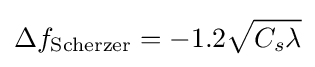
\Delta f_{\text{Scherzer}}=-1.2{\sqrt {C_{s}\lambda }}